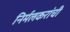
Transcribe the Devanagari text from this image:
निर्मलकरांची